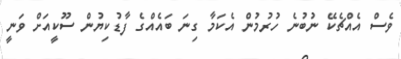
ވެސް އެއްޗެކޭ ނުބުނެ ހުރުމުން އެކަމާ ގިނަ ބައެއްގެ ފާޑުކިޔުން ސޫކީއަށް ވަނީ